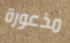
مذعورة